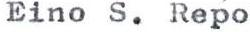
Eino S. Repo